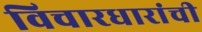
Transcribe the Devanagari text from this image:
विचारधारांची